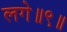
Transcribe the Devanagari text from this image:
लगे॥९॥